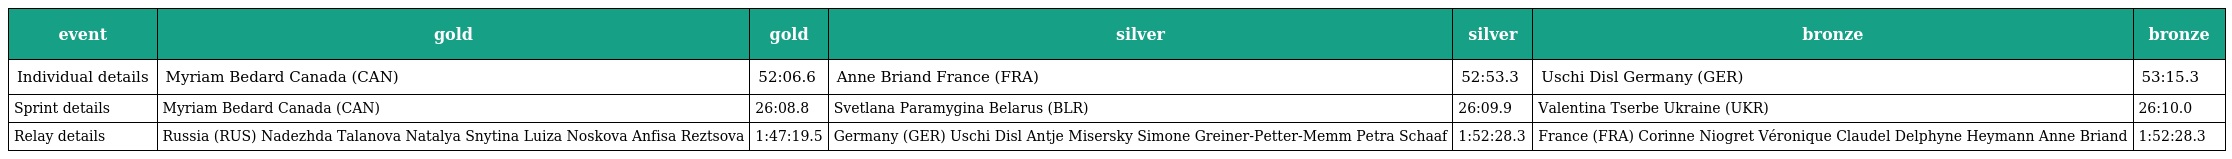
| event | gold | gold | silver | silver | bronze | bronze |
 | --- | --- | --- | --- | --- | --- | --- |
 | Individual details | Myriam Bedard Canada (CAN) | 52:06.6 | Anne Briand France (FRA) | 52:53.3 | Uschi Disl Germany (GER) | 53:15.3 |
 | Sprint details | Myriam Bedard Canada (CAN) | 26:08.8 | Svetlana Paramygina Belarus (BLR) | 26:09.9 | Valentina Tserbe Ukraine (UKR) | 26:10.0 |
 | Relay details | Russia (RUS) Nadezhda Talanova Natalya Snytina Luiza Noskova Anfisa Reztsova | 1:47:19.5 | Germany (GER) Uschi Disl Antje Misersky Simone Greiner-Petter-Memm Petra Schaaf | 1:52:28.3 | France (FRA) Corinne Niogret Véronique Claudel Delphyne Heymann Anne Briand | 1:52:28.3 |